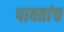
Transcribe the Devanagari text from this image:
पावतांच